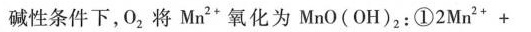
碱性条件下，O_{2}，将Mn^{2+}氧化为MnO(OH)_{2}：①$$2 M n^{2+} +